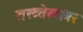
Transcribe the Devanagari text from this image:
तख्त्तेखांवर